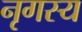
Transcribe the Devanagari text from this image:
नृगस्य